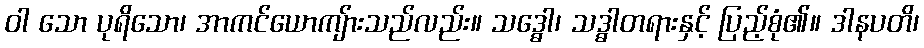
ဝါ သော ပုရိသော၊ အာကင်ယောကျ်ားသည်လည်း။ သဒ္ဓေါ၊ သဒ္ဓါတရားနှင့် ပြည့်စုံ၏။ ဒါနပတိ၊